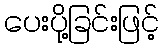
ပေးပို့ခြင်းဖြင့်